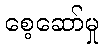
စေ့ဆော်မှု